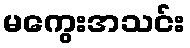
မကွေးအသင်း